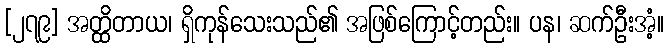
[၂၇၉] အတ္ထိတာယ၊ ရှိကုန်သေးသည်၏ အဖြစ်ကြောင့်တည်း။ ပန၊ ဆက်ဦးအံ့။